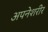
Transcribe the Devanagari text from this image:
अपनेशरीर